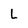
Character: l